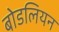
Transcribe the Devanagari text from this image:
बोडलियन